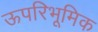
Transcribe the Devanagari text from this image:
ऊपरिभूमिक